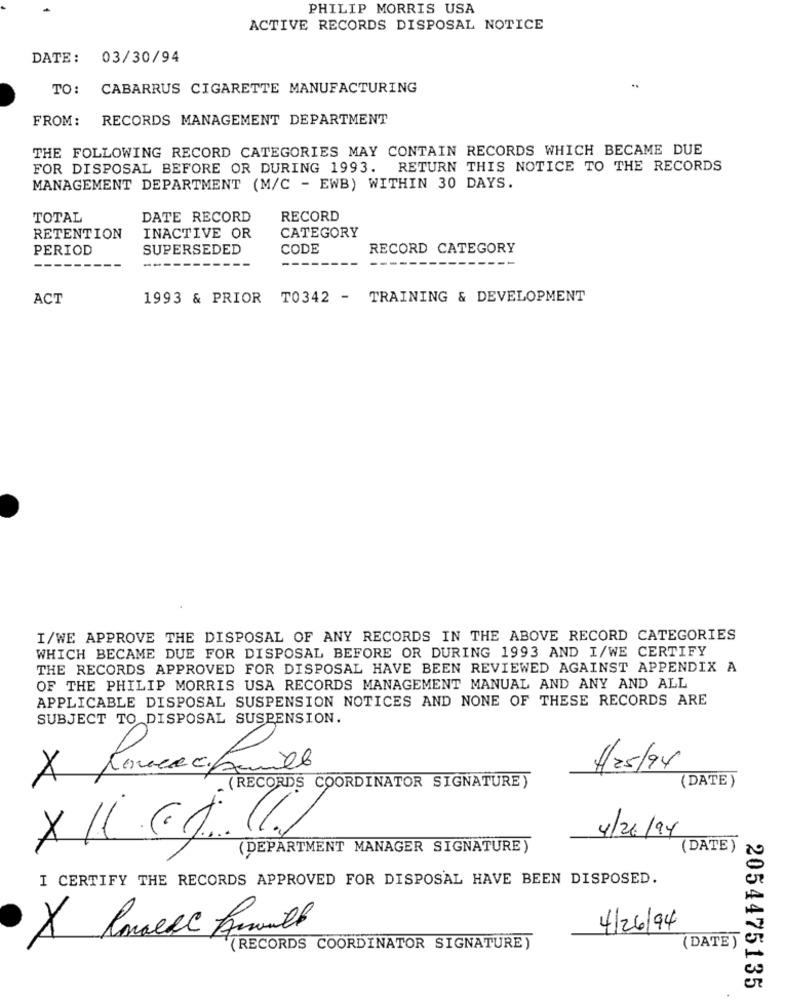
PHILIP MORRIS USA
ACTIVE RECORDS DISPOSAL NOTICE
DATE:
03/30/94
TO:
CABARRUS CIGARETTE MANUFACTURING
FROM:
RECORDS MANAGEMENT DEPARTMENT
THE FOLLOWING RECORD CATEGORIES MAY CONTAIN RECORDS WHICH BECAME DUE
FOR DISPOSAL BEFORE OR DURING 1993.
RETURN THIS NOTICE TO THE RECORDS
MANAGEMENT DEPARTMENT (M/C - EWB) WITHIN 30 DAYS.
TOTAL
DATE RECORD
RECORD
CATEGORY
RETENTION
INACTIVE OR
PERIOD
SUPERSEDED
CODE
RECORD CATEGORY
ACT
1993 & PRIOR TO342 - TRAINING & DEVELOPMENT
I/WE APPROVE THE DISPOSAL OF ANY RECORDS IN THE ABOVE RECORD CATEGORIES
WHICH BECAME DUE FOR DISPOSAL BEFORE OR DURING 1993 AND I/WE CERTIFY
THE RECORDS APPROVED FOR DISPOSAL HAVE BEEN REVIEWED AGAINST APPENDIX A
OF THE PHILIP MORRIS USA RECORDS MANAGEMENT MANUAL AND ANY AND ALL
APPLICABLE DISPOSAL SUSPENSION NOTICES AND NONE OF THESE RECORDS ARE
SUBJECT TO DISPOSAL SUSPENSION.
A
4/25/9x
(DATE)
(RECORDS COORDINATOR SIGNATURE)
4/26/94
(DEPARTMENT MANAGER SIGNATURE)
(DATE)
I CERTIFY THE RECORDS APPROVED FOR DISPOSAL HAVE BEEN DISPOSED.
4/26/94
(DATE)
(RECORDS COORDINATOR SIGNATURE)
2054475135